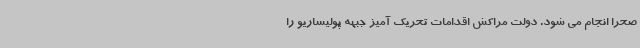
صحرا انجام می شود. دولت مراکش اقدامات تحریک آمیز جبهه پولیساریو را